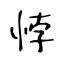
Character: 悖